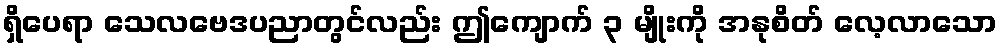
ရှိပေရာ သေလဗေဒပညာတွင်လည်း ဤကျောက် ၃ မျိုးကို အနုစိတ် လေ့လာသော